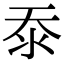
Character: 沗